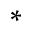
^ { \ast }